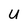
Character: u